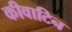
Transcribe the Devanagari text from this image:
कीवाटिन